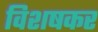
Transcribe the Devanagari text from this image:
विशषकर